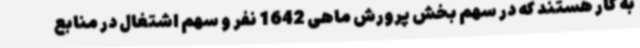
به کار هستند که در سهم بخش پرورش ماهی 1642 نفر و سهم اشتغال در منابع